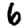
Digit: 6